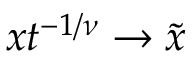
x t ^ { - 1 / \nu } \to \tilde { x }